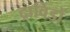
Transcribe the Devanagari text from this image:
द्राविडों